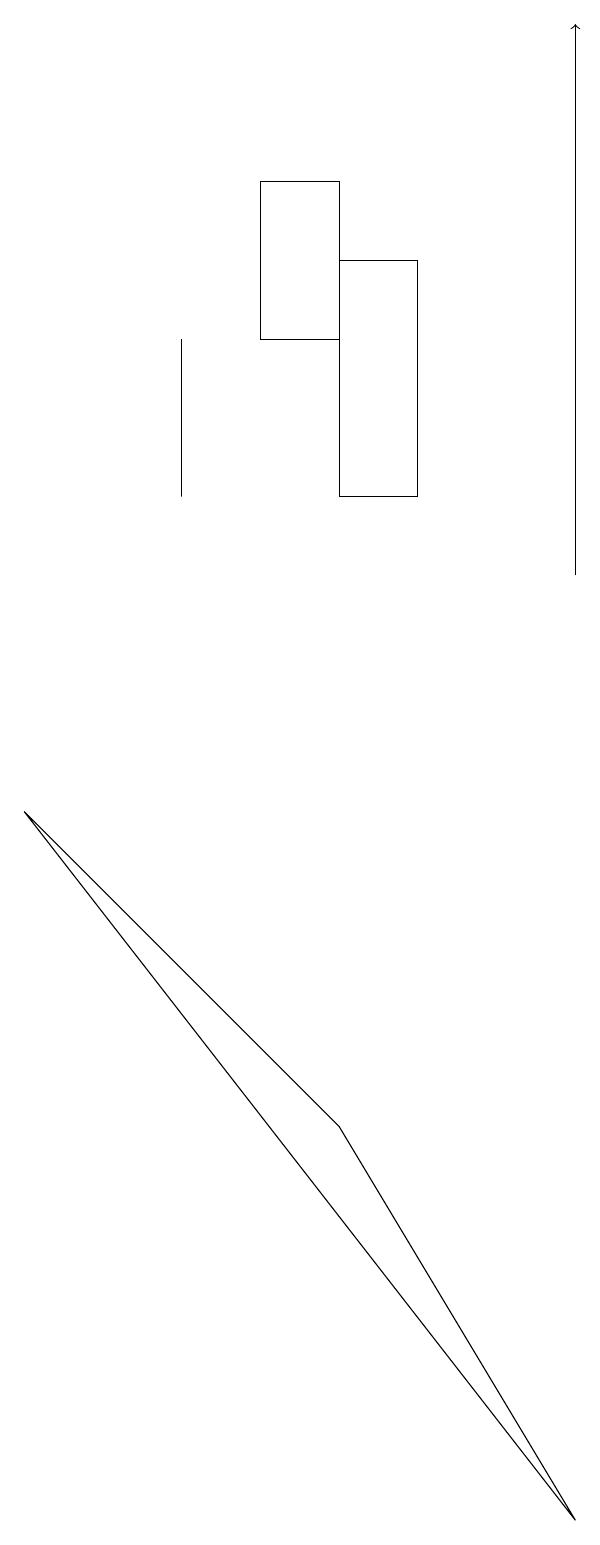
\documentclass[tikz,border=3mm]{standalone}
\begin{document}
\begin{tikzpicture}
\draw (1,9) -- (5,5) -- (8,0) -- cycle;
\draw (3,13) rectangle (3,15);
\draw (6,13) rectangle (5,16);
\draw (8,17) rectangle (8,17);
\draw (4,15) rectangle (5,17);
\draw[->] (8,12) -- (8,19);
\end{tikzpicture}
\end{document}